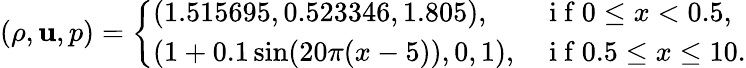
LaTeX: \left(\rho,\mathbf{u},p\right)=\left\{ \begin{array}{ll}{(1.515695,0.523346,1.805),}&{\mathrm{~i~f~}0\leq x<0.5,}\\ {(1+0.1\sin(20\pi(x-5)),0,1),}&{\mathrm{~i~f~}0.5\leq x\leq 10.}\end{array}\right.